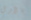
بالأول